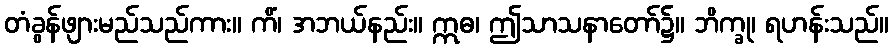
တံခွန်ဖျားမည်သည်ကား။ ကိံ၊ အဘယ်နည်း။ ဣဓ၊ ဤသာသနာတော်၌။ ဘိက္ခု၊ ရဟန်းသည်။